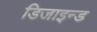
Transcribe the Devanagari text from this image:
डिजाइन्ड